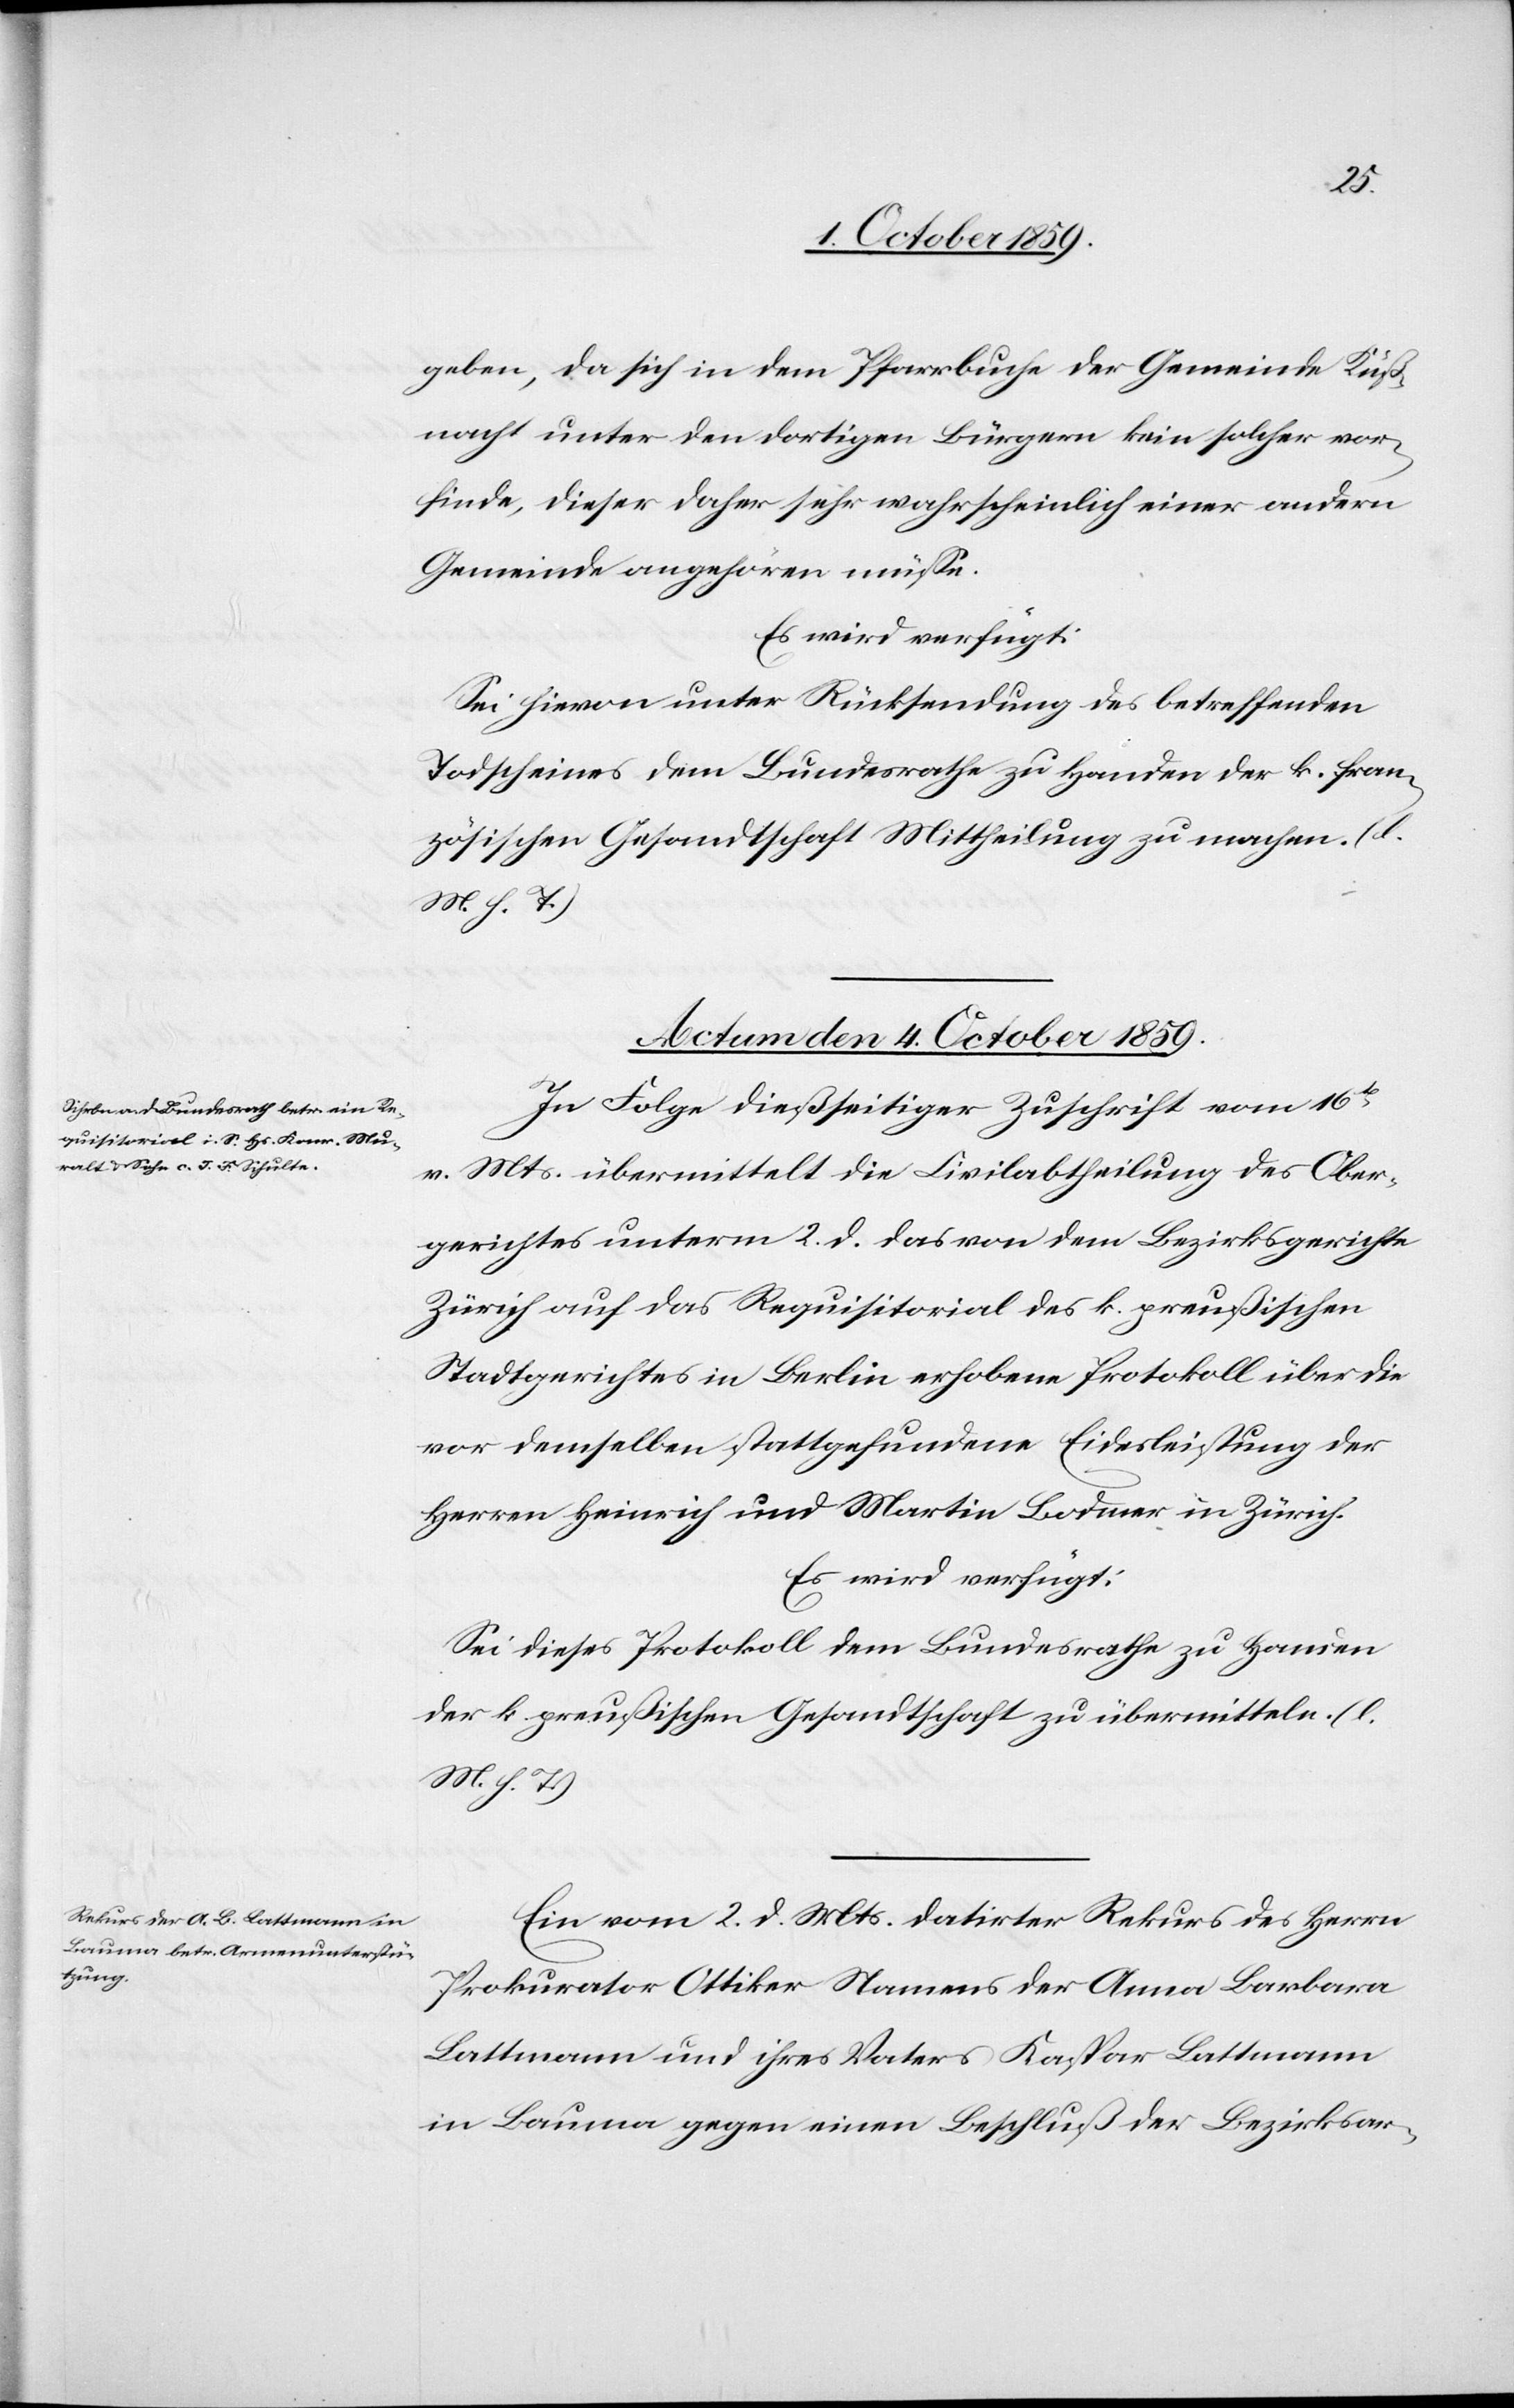
geben, da sich in dem Pfarrbuche der Gemeinde Küß¬
nacht unter den dortigen Bürgern kein solcher vor¬
finde, dieser daher sehr wahrscheinlich einer andern
Gemeinde angehören müsse.
Es wird verfügt:
Sei hievon unter Rücksendung des betreffenden
Todscheines dem Bundesrathe zu Handen der k. fran¬
zösischen Gesandtschaft Mittheilung zu machen. (l.
M. h. T.)
Actum den 4. October 1859.]
In Folge dießseitiger Zuschrift vom 16.
v. Mts. übermittelt die Civilabtheilung des Ober¬
gerichtes unterm 2. d. das von dem Bezirksgerichte
Zürich auf das Requisitorial des k. preußischen
Stadtgerichtes in Berlin erhoben Protokoll über die
vor demselben stattgefundene Eidesleistung der
Herren Heinrich und Martin Bodmer in Zürich.
Es wird verfügt:
Sei dieses Protokoll dem Bundesrathe zu Handen
der k. preußischen Gesandtschaft zu übermitteln. (l.
Ein vom 2. d. Mts. datirter Rekurs des Herrn
Prokurator Ottiker Namens der Anna Barbara
Lattmann und ihres Vaters Kaspar Lattmann
in Bauma gegen einen Beschluß der Bezirksar-